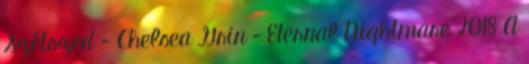
Szétszed - Chelsea Grin – Eternal Nightmare 2018 A